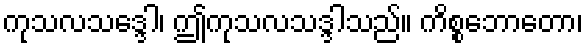
ကုသလသဒ္ဒေါ၊ ဤကုသလသဒ္ဒါသည်။ ကိစ္စဘောတော၊